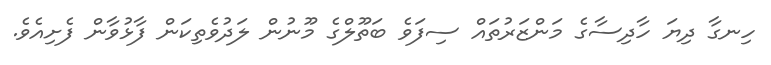
ހިނގާ ދިޔަ ހާދިސާގެ މަންޒަރުތައް ސިފަވެ ބަތޫލްގެ މޫނުން ލަދުވެތިކަން ފާޅުވާން ފެށިއެވެ.